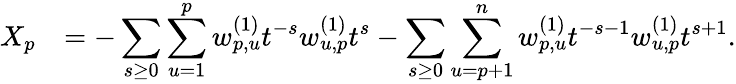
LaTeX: \begin{array}{rl}{X_{p}}&{=-\displaystyle\sum_{s\geq 0}\displaystyle\sum_{u=1}^{p}w_{p,u}^{(1)}t^{-s}w_{u,p}^{(1)}t^{s}-\displaystyle\sum_{s\geq 0}\displaystyle\sum_{u=p+1}^{n}w_{p,u}^{(1)}t^{-s-1}w_{u,p}^{(1)}t^{s+1}.}\end{array}